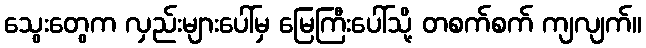
သွေးတွေက လှည်းများပေါ်မှ မြေကြီးပေါ်သို့ တစက်စက် ကျလျက်။